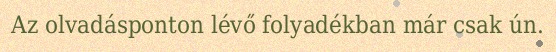
Az olvadásponton lévő folyadékban már csak ún.